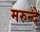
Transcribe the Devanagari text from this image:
मरुन्दे